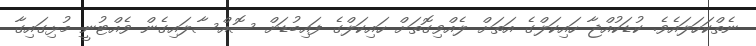
ނެތްކަހަލައެވެ. ކުޑަކުއްޖާ ހައިކަލްގެ އަތަށް ލެއްވިގޮތަށް ހައިކަލްގެ ފައިބުޑަށް ސޮއްސާލައިގެން ވެއްޓުނީ މުޅިގައިގާ